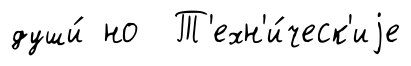
души́ но Т'ехн'и́ческ'иjе